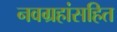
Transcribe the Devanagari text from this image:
नवग्रहांसहित